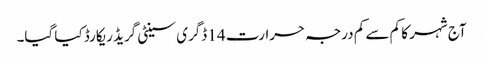
آج شہر کا کم سے کم درجہ حرارت 14 ڈگری سینٹی گریڈ ریکارڈ کیا گیا۔